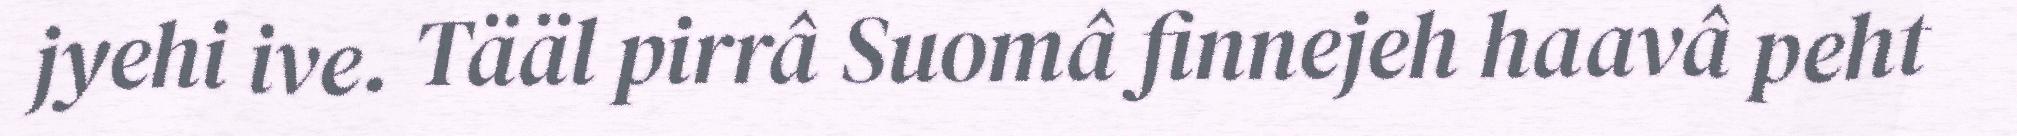
jyehi ive. Tääl pirrâ Suomâ finnejeh haavâ peht